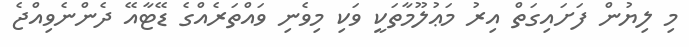
މި ލިޔުން ފަށައިގަތް އިރު މަޢުލޫމާތަކީ ވަކި މިވެނި ވައްތަރެއްގެ ޑޭޓާއޭ ދެންނެވިއްޖެ